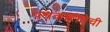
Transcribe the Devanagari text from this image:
पत्रकारीतेची